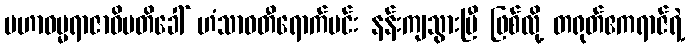
မဟာဓမ္မရာဇာဓိပတိခေါ် ဟံသာဝတီရောက်မင်း နန်းကျသွားပြီ ဖြစ်လို့ တရုတ်ဧကရာဇ်ရဲ့